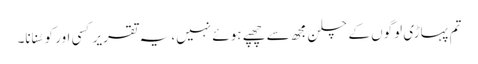
تم پہاڑی لوگوں کے چلن مجھ سے چھپے ہوئے نہیں، یہ تقریر کسی اور کو سُنانا۔